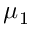
\mu _ { 1 }